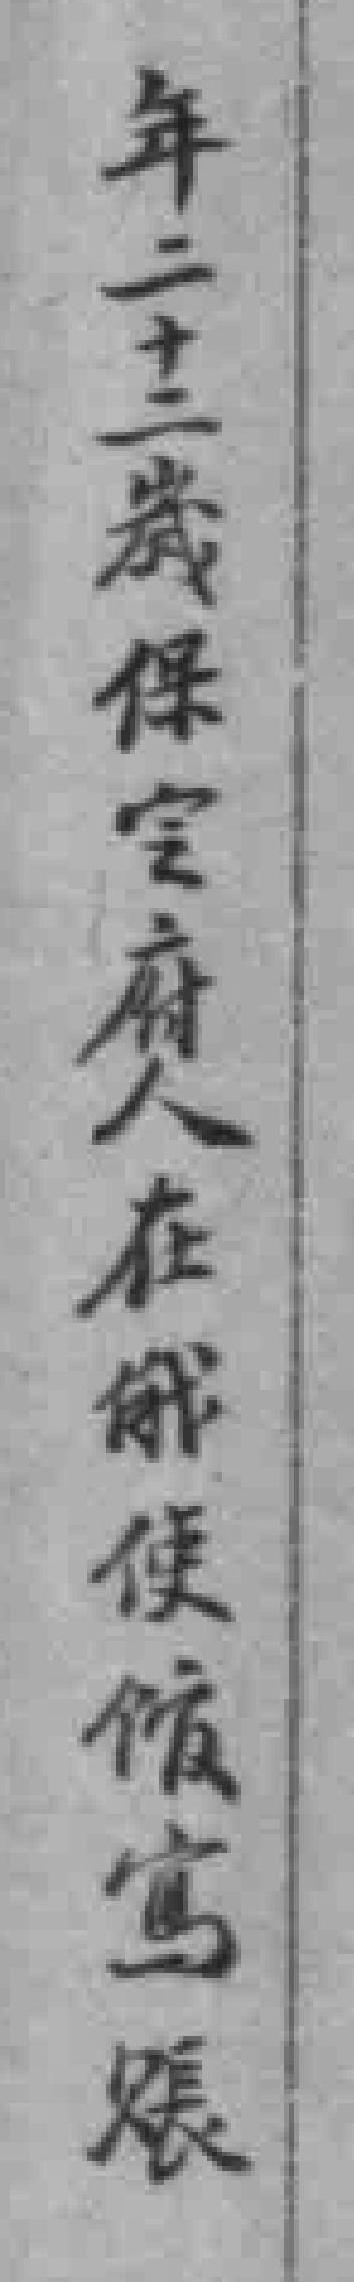
年二十二歲保㝎府人在俄使馆冩賬